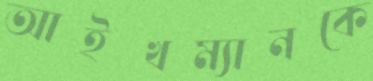
আইখম্যানকে